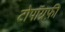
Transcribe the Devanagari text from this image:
टोपॉग्रफ़ी